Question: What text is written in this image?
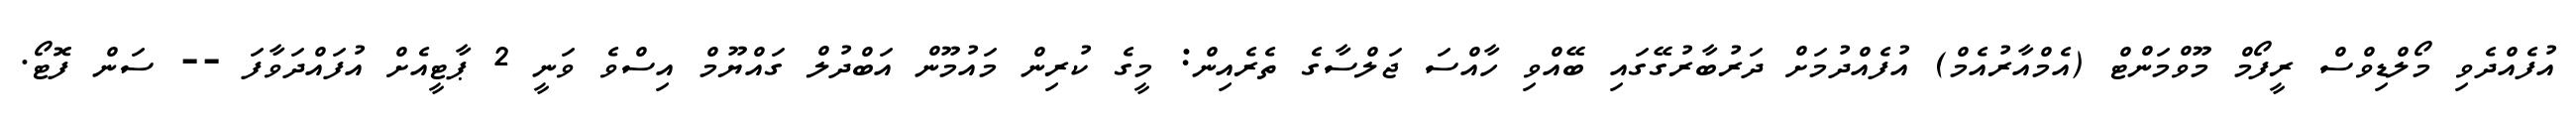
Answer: އުފެއްދެވި މޯލްޑިވްސް ރީފޯމް މޫވްމަންޓް (އެމްއާރުއެމް) އުފެއްދުމަށް ދަރުބާރުގޭގައި ބޭއްވި ހާއްސަ ޖަލްސާގެ ތެރެއިން: މީގެ ކުރިން މައުމޫން އަބްދުލް ގައްޔޫމް އިސްވެ ވަނީ 2 ޕާޓީއެށް އުފައްދަވާފަ -- ސަން ފޮޓޯ.